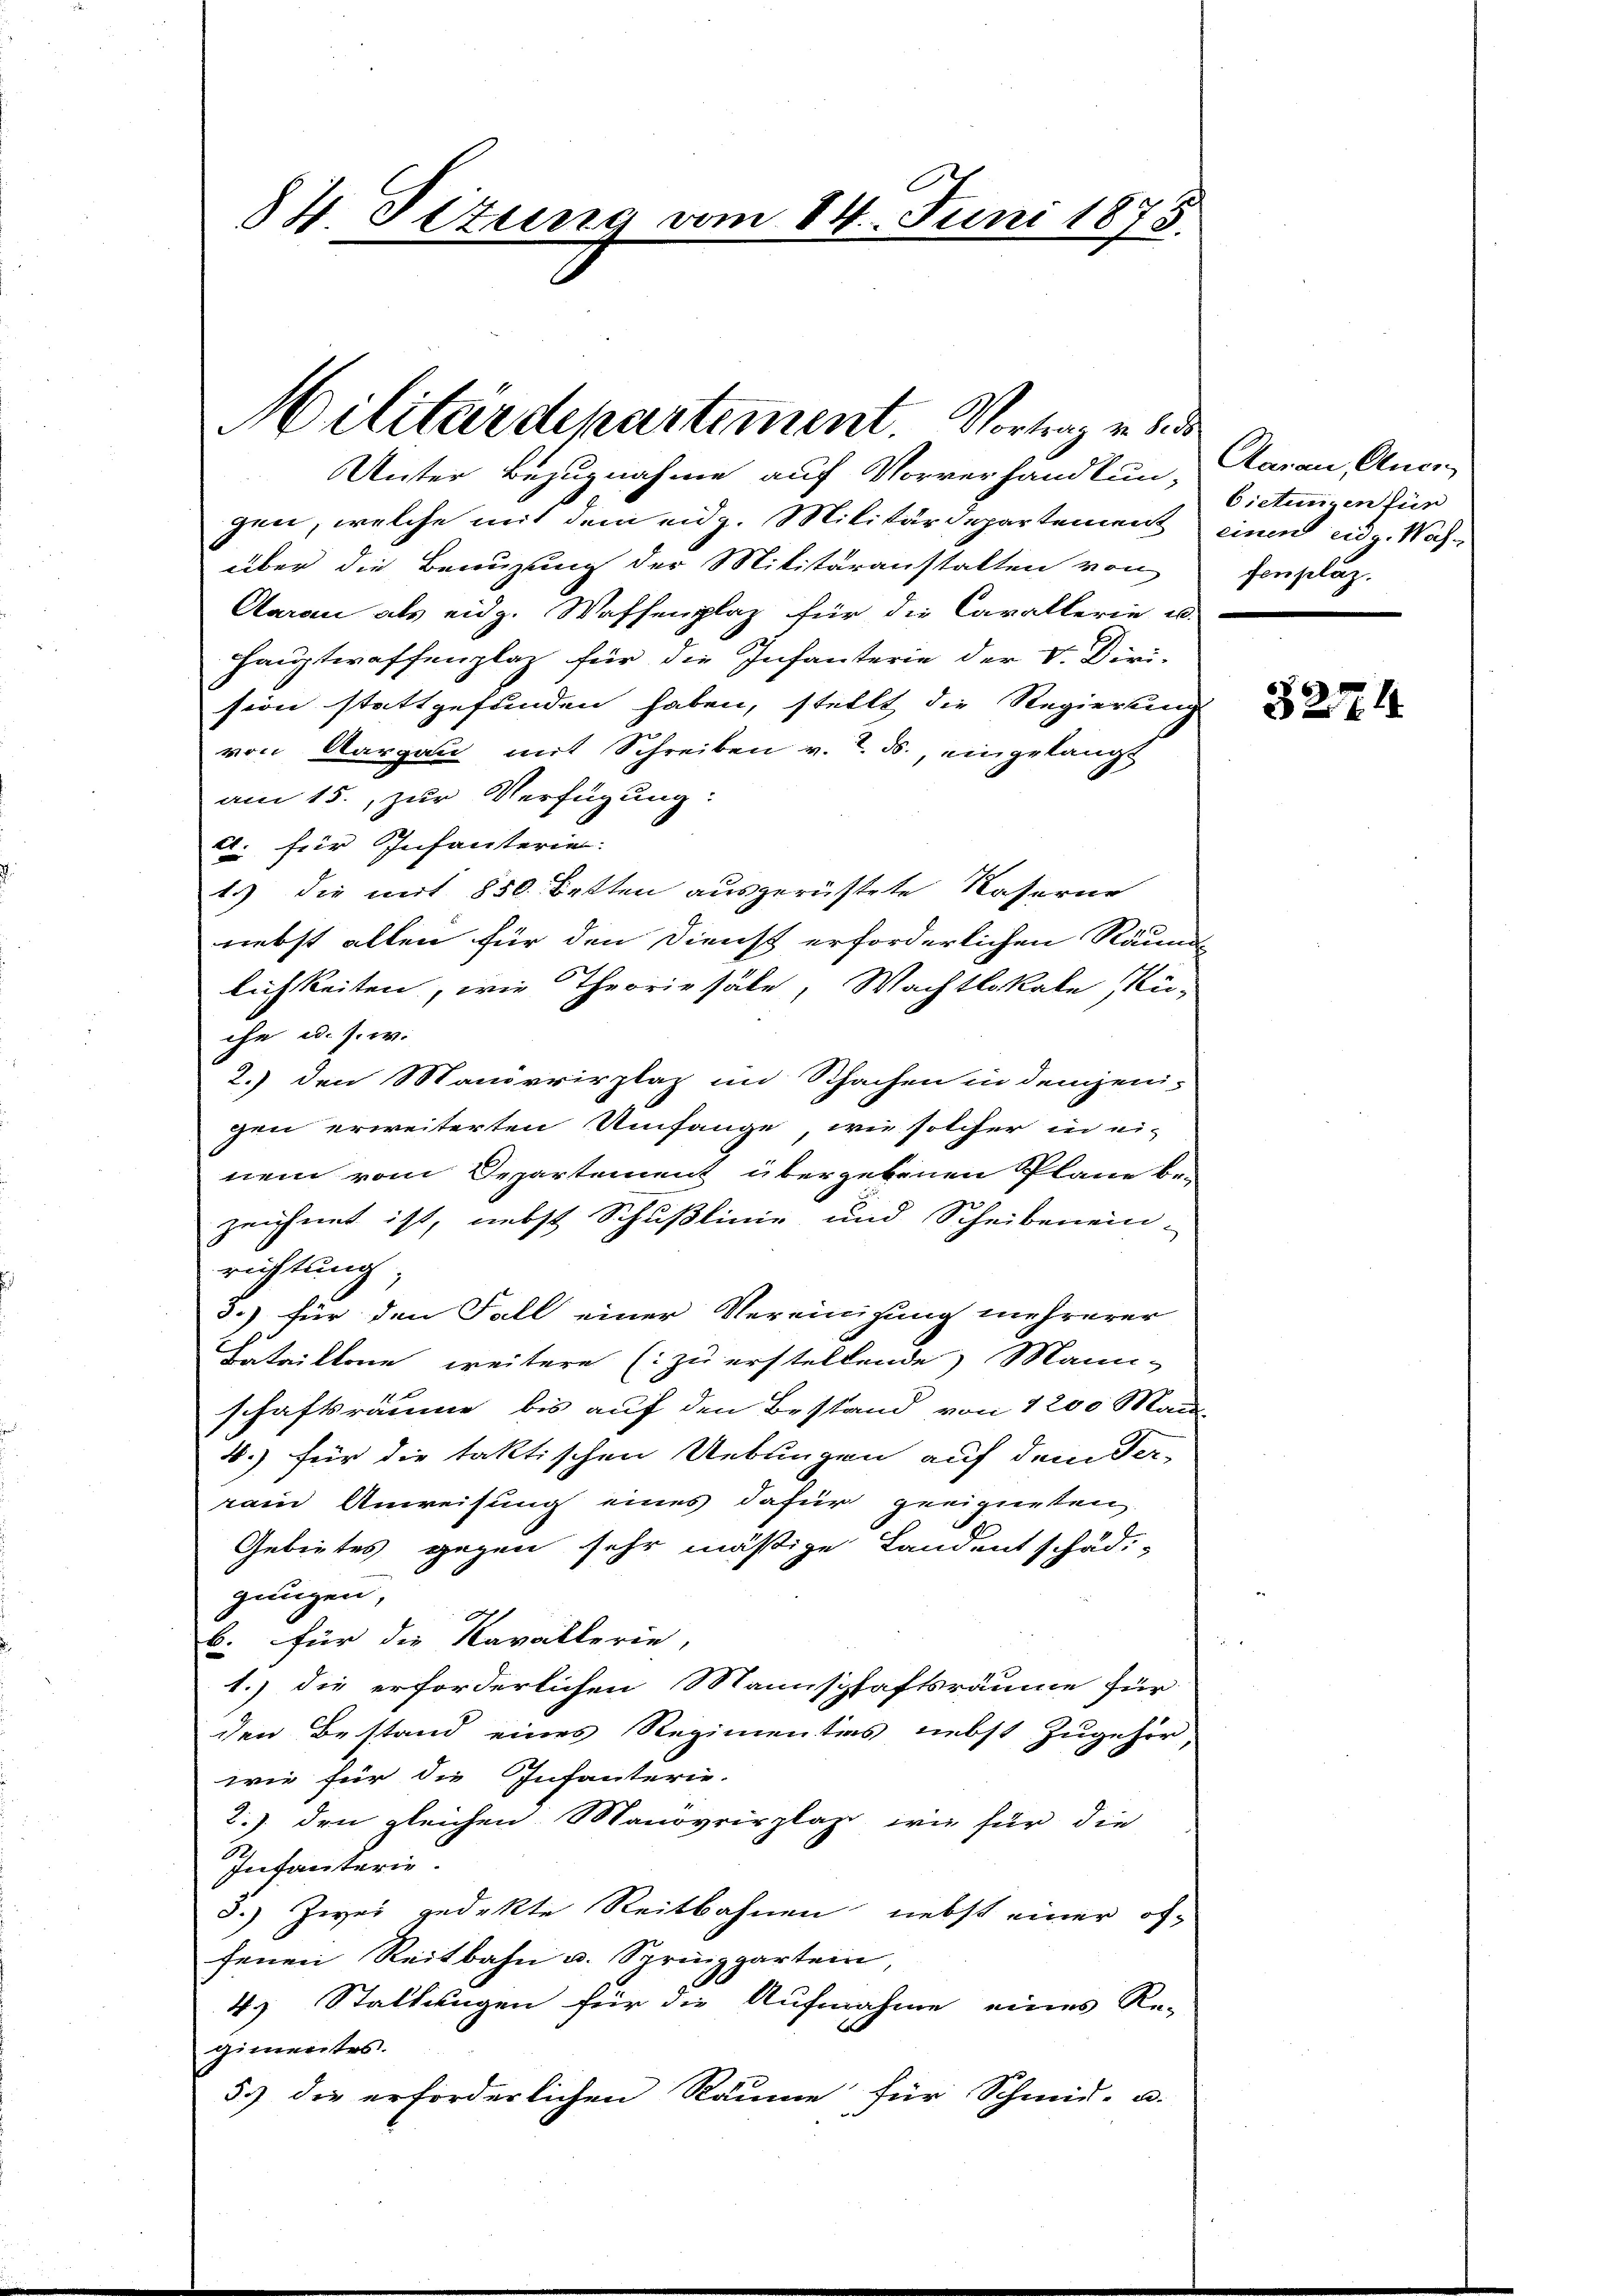
84. Situng vom 14. Juni 1875.

Militärdepartement. Vortrag v. 30
Unter Bezugnahme auf Vorverhandlun, Aarau, Anci

gen, welche mit dem eidg. Militärdepartement einen eidg. Wahüber die Benuzung der Militäranstalten von
Aarau als eidg. Waffenplaz für die Cavallerie u.
Hauptwaffenplaz für die Infanterie der V. Diri-
sion stattgefunden haben, stellt die Regierung
von Aargau mit Schreiben v. 2. ds., eingelangt
am 15., zur Verfügung:
d. für Infanterie:
1.) die mit 850. Betten ausgerüstete Kaserne
riebst allen für den Dienst erforderlichen Räuml
lichkeiten, wie Theoriesäle, Wachtlokale Re-
che u. s. w.
2.) den Manövrirplaz im Schachen in demjenigen erweiterten Umfange, wie solcher in ei-
nem vom Departement übergebenen Plane be-
zeichnet ist, nebst Schußlinie und Scheibenein-
richtung;
5.) für den Fall einer Vereinigung mehrerer
Intrittone weitere (zu erstellende Mann-
schaftsräume bis auf den Bestand von 1200 Man
4.) für die taktischen Uebungen auf dem Ver-
rain Anweisung eines dafür geeigneten
Gebietes gegen sehr mäßige Landentschädi-
gungen,
b. für die Kavallerie,
1.) die erforderlichen Mannschaftsräume für
den Bestand eines Regimentes nebst Zugehör,
wie für die Infanterie-
2.) den gleichen Manövrirplast wie für die
De
Infanterie.
5.) Zwei gedekte Reitbahnen nebst einer öf-
fenen Reitbahn u. Sprinzpartein,
4. Stallungen für die Aufnahme eines Re-
gimentes.
5.) die erforderlichen Räume für Schmid- u.

bietenzen für
fengelag.

3271